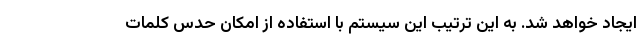
ایجاد خواهد شد. به این ترتیب این سیستم با استفاده از امکان حدس کلمات